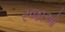
રજાઓ